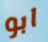
ابو